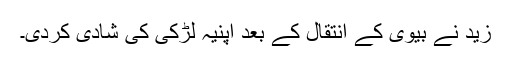
زید نے بیوی کے انتقال کے بعد اپنیہ لڑکی کی شادی کردی۔